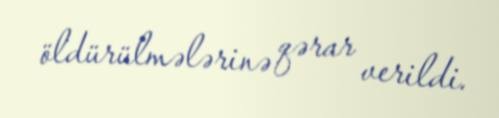
öldürülmələrinə qərar verildi.